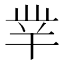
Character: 丵